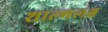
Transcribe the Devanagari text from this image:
शाल्मलश्च